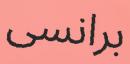
برانسى